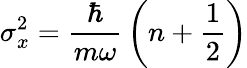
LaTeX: \sigma_{x}^{2}={\frac{\hbar}{m\omega}}\left(n+{\frac{1}{2}}\right)